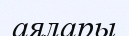
аялары